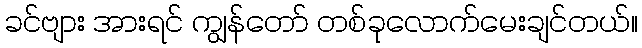
ခင်ဗျား အားရင် ကျွန်တော် တစ်ခုလောက်မေးချင်တယ်။